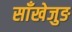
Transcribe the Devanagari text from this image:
साँखेजुङ